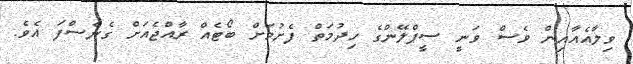
ވިލާއެއާއިން ވެސް ވަނީ ސީޕްލޭންގެ ހިދުމަތް ފެށުމަށް ބޯޓެއް ރާއްޖެއަށް ގެނެސްފަ އެވެ.